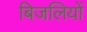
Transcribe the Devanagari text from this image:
बिजलियों